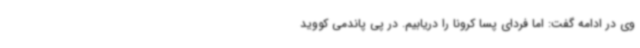
وی در ادامه گفت: اما فردای پسا کرونا را دریابیم. در پی پاندمی کووید